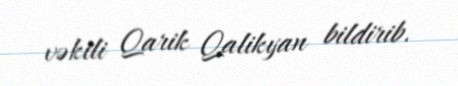
vəkili Qarik Qalikyan bildirib.